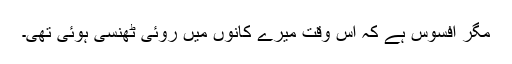
مگر افسوس ہے کہ اس وقت میرے کانوں میں روئی ٹھنسی ہُوئی تھی۔